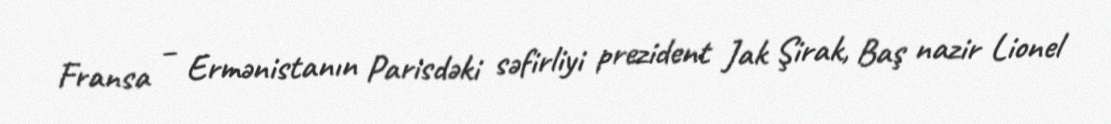
Fransa – Ermənistanın Parisdəki səfirliyi prezident Jak Şirak, Baş nazir Lionel